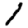
Digit: 1